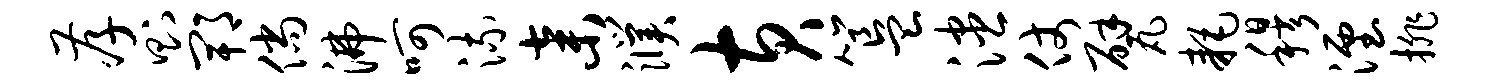
孝则郫倘沸呵流弃濮黄簋漶仗甓耗穆湮排